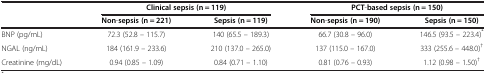
<table><thead><tr><td rowspan="2"><b> </b></td><td colspan="2"><b>Clinical sepsis (n = 119)</b></td><td colspan="2"><b>PCT-based sepsis (n = 150)</b></td></tr><tr><td><b>Non-sepsis (n = 221)</b></td><td><b>Sepsis (n = 119)</b></td><td><b>Non-sepsis (n = 190)</b></td><td><b>Sepsis (n = 150)</b></td></tr></thead><tbody><tr><td>BNP (pg/mL)</td><td>72.3 (52.8 – 115.7)</td><td>140 (65.5 – 189.3)</td><td>66.7 (30.8 – 96.0)</td><td>146.5 (93.5 – 223.4)<sup>*</sup></td></tr><tr><td>NGAL (ng/mL)</td><td>184 (161.9 – 233.6)</td><td>210 (137.0 – 265.0)</td><td>137 (115.0 – 167.0)</td><td>333 (255.6 – 448.0)<sup>†</sup></td></tr><tr><td>Creatinine (mg/dL)</td><td>0.94 (0.85 – 1.09)</td><td>0.84 (0.71 – 1.10)</td><td>0.81 (0.76 – 0.93)</td><td>1.12 (0.98 – 1.50)<sup>†</sup></td></tr></tbody></table>